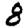
Digit: 8